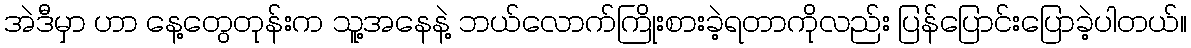
အဲဒီမှာ ဟာ နေ့တွေတုန်းက သူ့အနေနဲ့ ဘယ်လောက်ကြိုးစားခဲ့ရတာကိုလည်း ပြန်ပြောင်းပြောခဲ့ပါတယ်။